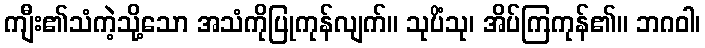
ကျီး၏သံကဲ့သို့သော အသံကိုပြုကုန်လျက်။ သုပိံသု၊ အိပ်ကြကုန်၏။ ဘဂဝါ၊